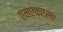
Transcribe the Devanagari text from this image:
एमएफएसए